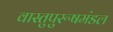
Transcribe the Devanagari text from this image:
वास्तुपुरूषमंडल